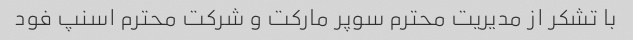
با تشکر از مدیریت محترم سوپر مارکت و شرکت محترم اسنپ فود